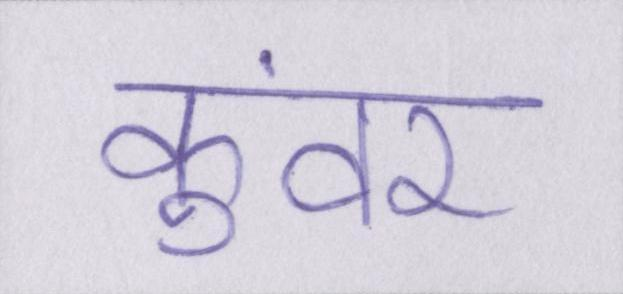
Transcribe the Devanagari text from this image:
कुंवर